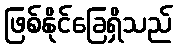
ဖြစ်နိုင်ခြေရှိသည်